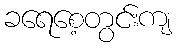
ခရေစေ့တွင်းကျ